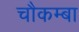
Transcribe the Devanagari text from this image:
चौकम्‍बा